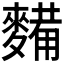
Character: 𮮀